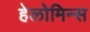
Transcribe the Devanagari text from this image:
हेलोमिन्स